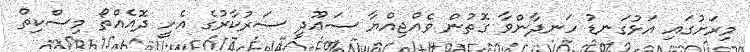
މިރަށުގައި އަޅުގަނޑު ހަނދާންވާ ގޮތުން ވެއްޖިއްޔާ ސަޢޫދީ ސަރުކާރުގެ އެހީ ދޮއެއްތޯ މިސްކިތް